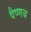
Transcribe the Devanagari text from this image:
वैष्णब